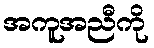
အကူအညီကို